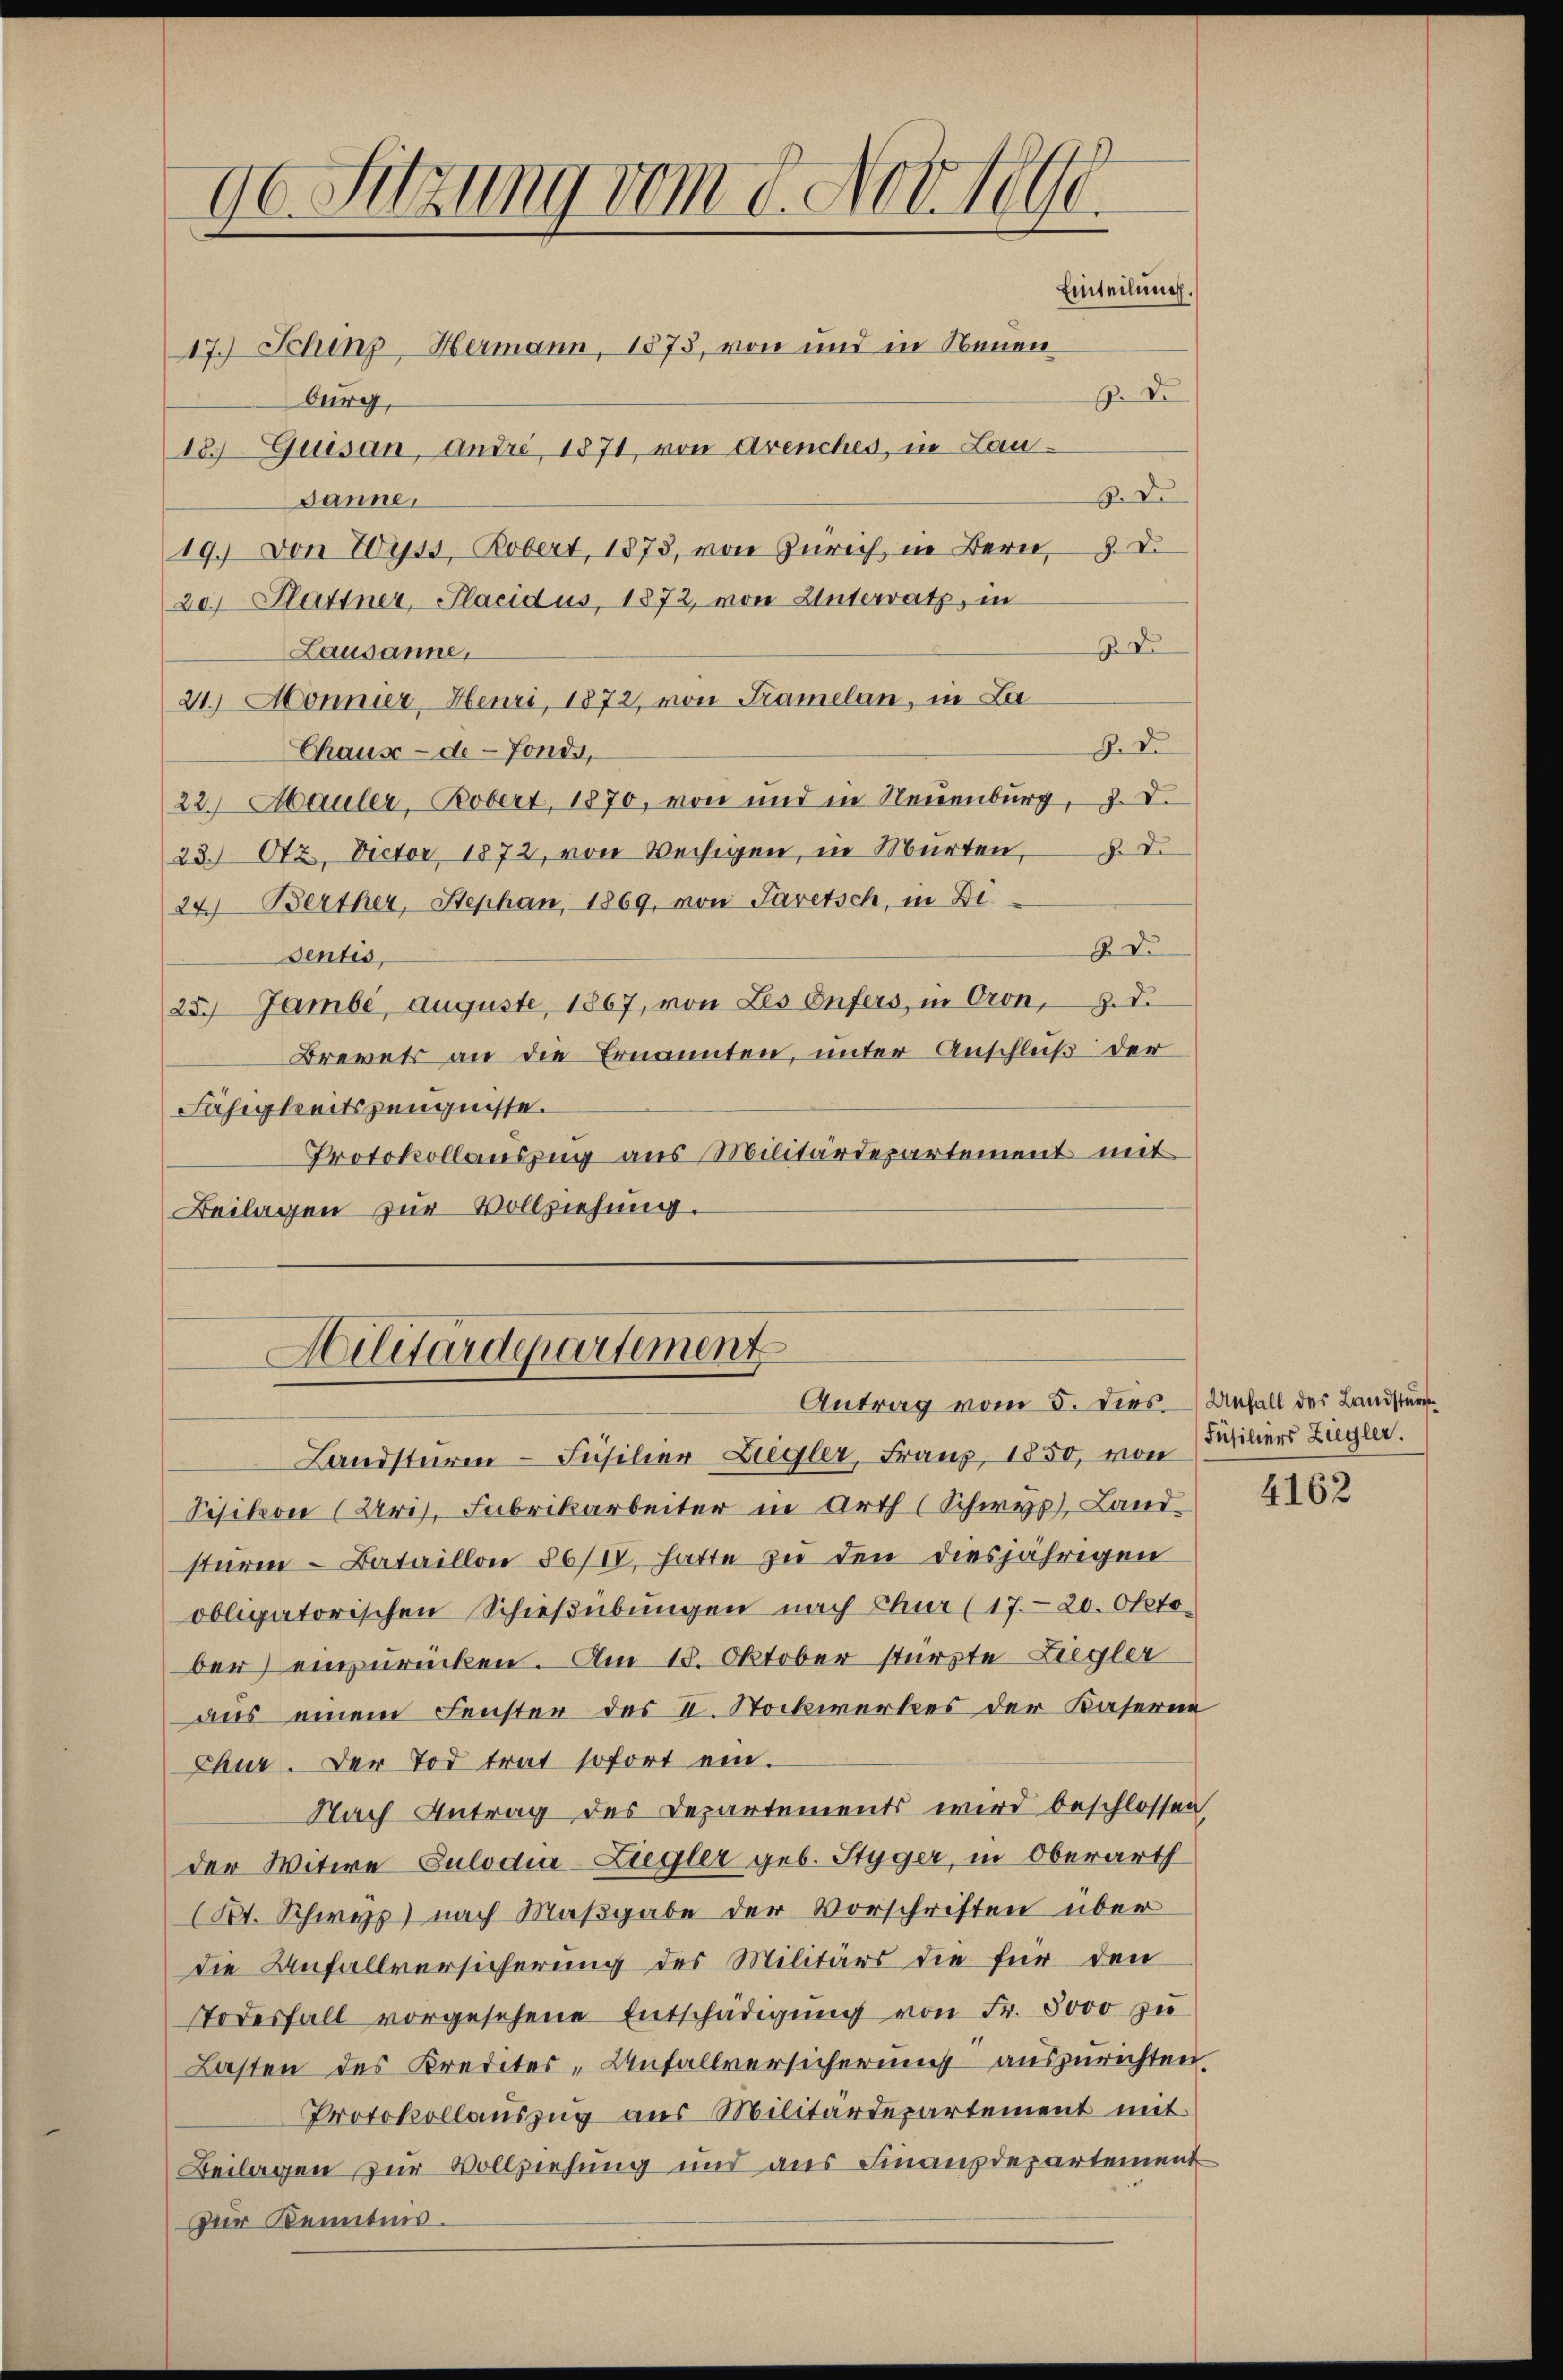
96. Sitzung vom 8. Nove
Einteilung.
17.) Schinz, Hermann, 1873, von und in Neuen
. D.
burg,

18. Quisan, Andre, 1871, von Avenches, in Lau¬
3. De
Janne.
19.) von Wyss, Robert, 1873, von Zürich in Bern, d.
20 Plattner, Placidus, 1872, von Unterrath, in
 D
Lausanne,
21.) Monnier, Heuri, 1872, von Kramelan, in La¬
9. De
Chaus-de-Fonds,
22. Mauler, Bobert, 1870, von und in Neuenburg, J. D.
23.) Otz. Doctor 1872, von Wechigen, in Murten, d.
24) Berther, Stephan, 1869, von Jaretsch, in Di
Z. D.
Sentis,
25. Jambe, auguste, 1867, von Les Enfers, in Cron, z. d.
Brevets an die Ernannten, unter Anschluß der
Fähigkeitszeugnisse.
Protokollauszug aus Militärdepartement mit
Beilagen zur Vollziehung.

Hilitärdepartement
Antrag vom 5. Dies Anfall des Landstur

Sisikon (Uri, Fabrikarbeiter in Arth (Schwyz, Landsturm – Bataillon 56/10, hatte zu den diesjährigen
obligatorischen Schießübungen nach Chur (1720. Okto
ber einzurücken. Am 18. Oktober stürzte Liegler
aus einem Fenster des II. Stockwerkes der Kaserne
Chur. Der Tod trat sofort ein.
Nach Antrag des Departements wird beschlossen
der Witwe Sulodia-Ziegler geb. Styger, in Oberarth
(Kt. Schwyz nach Maßgabe der Vorschriften über
die Anfallversicherung des Militärs die für den
Todesfall vorgesehene Entschädigŭng von Fr. 5000 zŭ
Lasten des Krediter-Unfallversicherung auszurichten.
Protokollauszug aus Militärdepartement mit
Beilagen zur Vollziehung und aus Finanzdepartement
Zur Kenntnis.

Landsturm- Füsilier Ziegler, Franz, 1850, von

Füsiliers Zugler.

4162